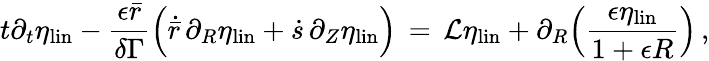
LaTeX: t\partial_{t}\eta_{\mathrm{lin}}-\frac{\epsilon\bar{r}}{\delta\Gamma}\Bigl(\dot{\bar{r}}\, \partial_{R}\eta_{\mathrm{lin}}+\dot{s}\, \partial_{Z}\eta_{\mathrm{lin}}\Bigr)\, =\, \mathcal{L}\eta_{\mathrm{lin}}+\partial_{R}\Bigl(\frac{\epsilon\eta_{\mathrm{lin}}}{1+\epsilon R}\Bigr)\, ,